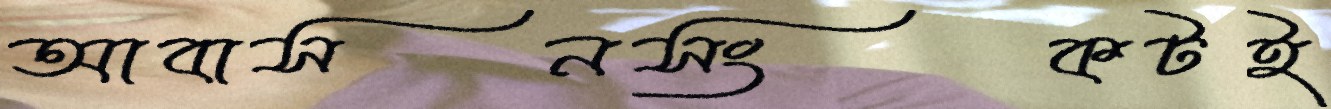
আবাসনসংকটই